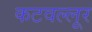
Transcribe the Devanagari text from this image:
कटवल्लूर